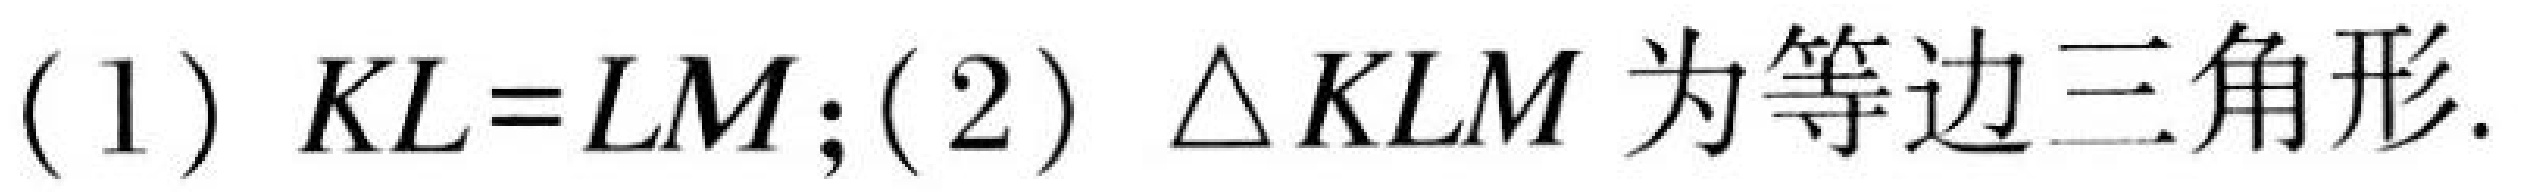
(1) $KL = LM$; (2) $\triangle KLM$ 为等边三角形.